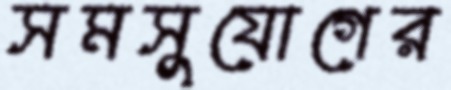
সমসুযোগের